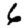
Digit: 6